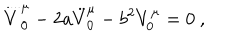
LaTeX: \stackrel { . . . . } V _ { 0 } ^ { \mu } - 2 a \ddot { V } _ { 0 } ^ { \mu } - b ^ { 2 } V _ { 0 } ^ { \mu } = 0 ~ ,